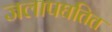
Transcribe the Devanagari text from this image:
जलापघतित